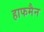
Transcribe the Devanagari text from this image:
हाफमैन